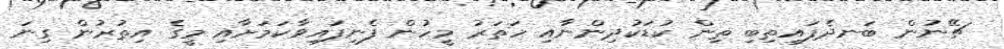
ޗޭނުން ބަނދެފައިތިބި ތިން ކުޑަކުދިންނާއި ހަތަރު މީހުން ފެނިފައިވާކަމަށާއި މީގެ އިތުރުން ގިނަ